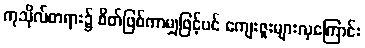
ကုသိုလ်တရား၌ စိတ်ဖြစ်ကာမျှဖြင့်ပင် ကျေးဇူးများလှကြောင်း